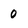
Character: 0